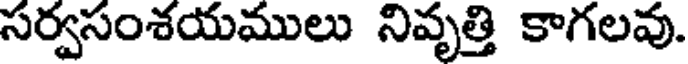
సర్వసంశయములు నివృత్తి కాగలవు.